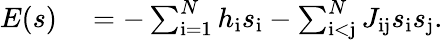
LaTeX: \begin{array}{rl}{E(s)}&{{}=-\sum_{\mathrm{i=1}}^{N}h_{\mathrm{i}}s_{\mathrm{i}}-\sum_{\mathrm{i<j}}^{N}J_{\mathrm{ij}}s_{\mathrm{i}}s_{\mathrm{j}}.}\end{array}